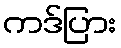
ကဒ်ပြား